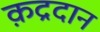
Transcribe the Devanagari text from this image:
क़द्रदान